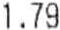
1.79